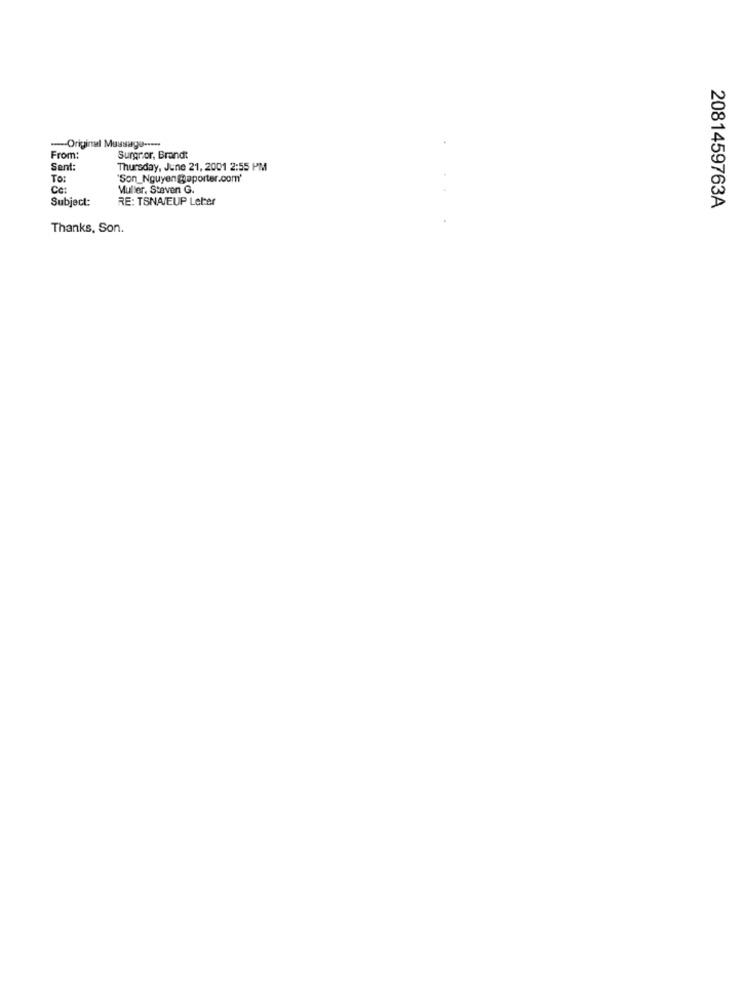
--- Original Mussagu ----
From:
Surgror, Brandt
Sent:
Thursday, June 21, 2001 2:55 PM
To:
"Son_Nguyen @aporter.com'
Cc:
Muller, Steven G.
Subject:
RE: TSNAIEUP Letter
2081459763A
Thanks, Son.